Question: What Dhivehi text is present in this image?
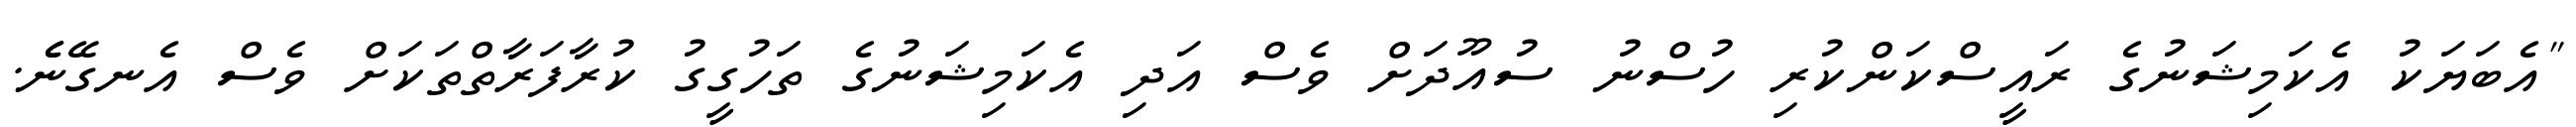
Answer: "އެބަޔަކު އެކަމިޝަނުގެ ރައީސްކަންކުރި ހުސްނު ސުއޫދަށް ވެސް އަދި އެކަމިޝަނުގެ ތަހުގީގު ކުރާފަރާތްތަކަށް ވެސް އެނގޭނެެ.